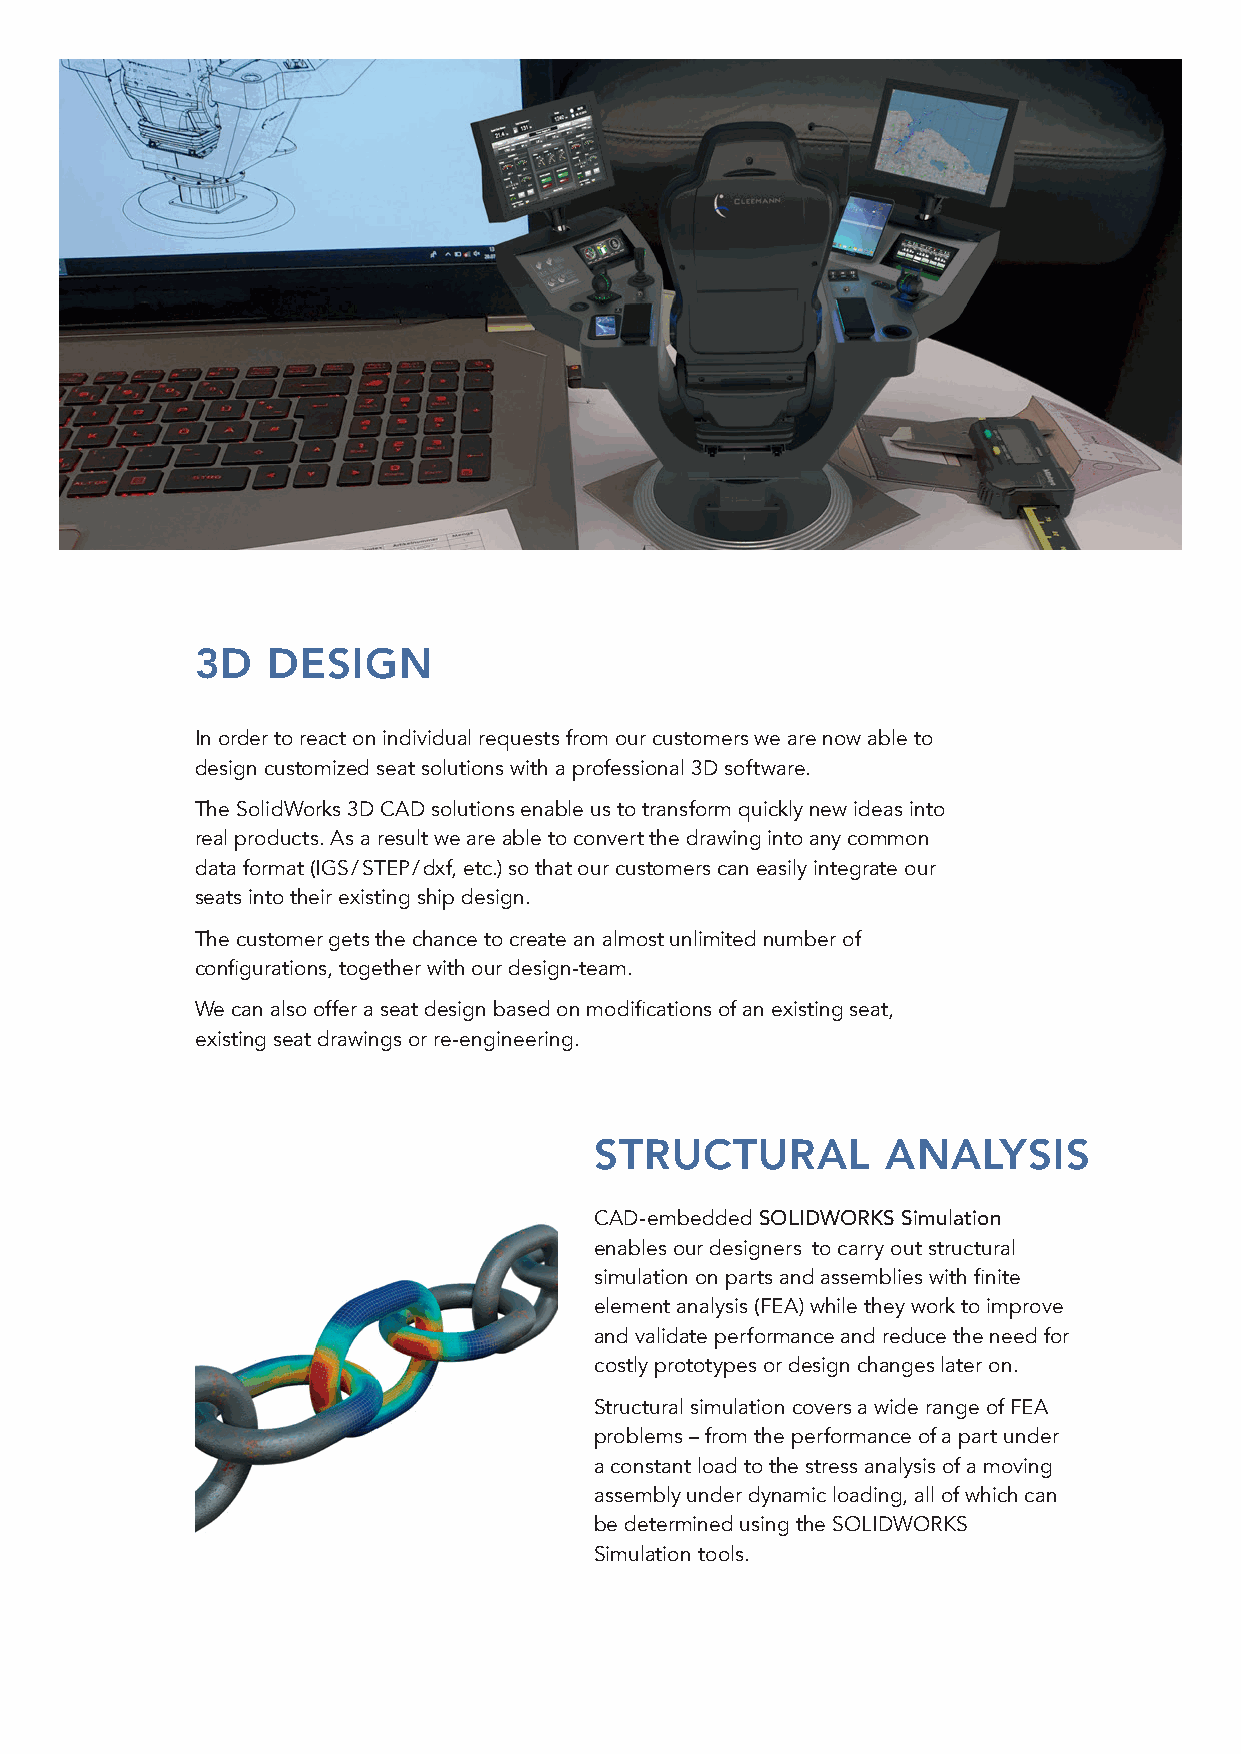
3D   DESIGN
 In order to react on individual requests from our customers we are now able to
 design customized seat solutions with a professional 3D software.
 The SolidWorks 3D CAD solutions enable us to transform quickly new ideas into
 real products. As a result we are able to convert the drawing into any common
 data format (IGS / STEP / dxf, etc.) so that our customers can easily integrate our
 seats into their existing ship design.
 The customer gets the chance to create an almost unlimited number of
 configurations, together with our design-team.
 We can also offer a seat design based on modifications of an existing seat,
 existing seat drawings or re-engineering.
 STRUCTURAL          ANALYSIS
 CAD-embedded SOLIDWORKS Simulation
 enables our designers to carry out structural
 simulation on parts and assemblies with finite
 element analysis (FEA) while they work to improve
 and validate performance and reduce the need for
 costly prototypes or design changes later on.
 Structural simulation covers a wide range of FEA
 problems – from the performance of a part under
 a constant load to the stress analysis of a moving
 assembly under dynamic loading, all of which can
 be determined using the SOLIDWORKS
 Simulation tools.